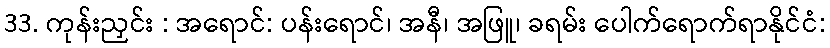
33. ကုန်းညှင်း : အရောင်: ပန်းရောင်၊ အနီ၊ အဖြူ၊ ခရမ်း ပေါက်ရောက်ရာနိုင်ငံ: